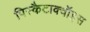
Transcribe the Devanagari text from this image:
पिस्कैटाक्वॉइस